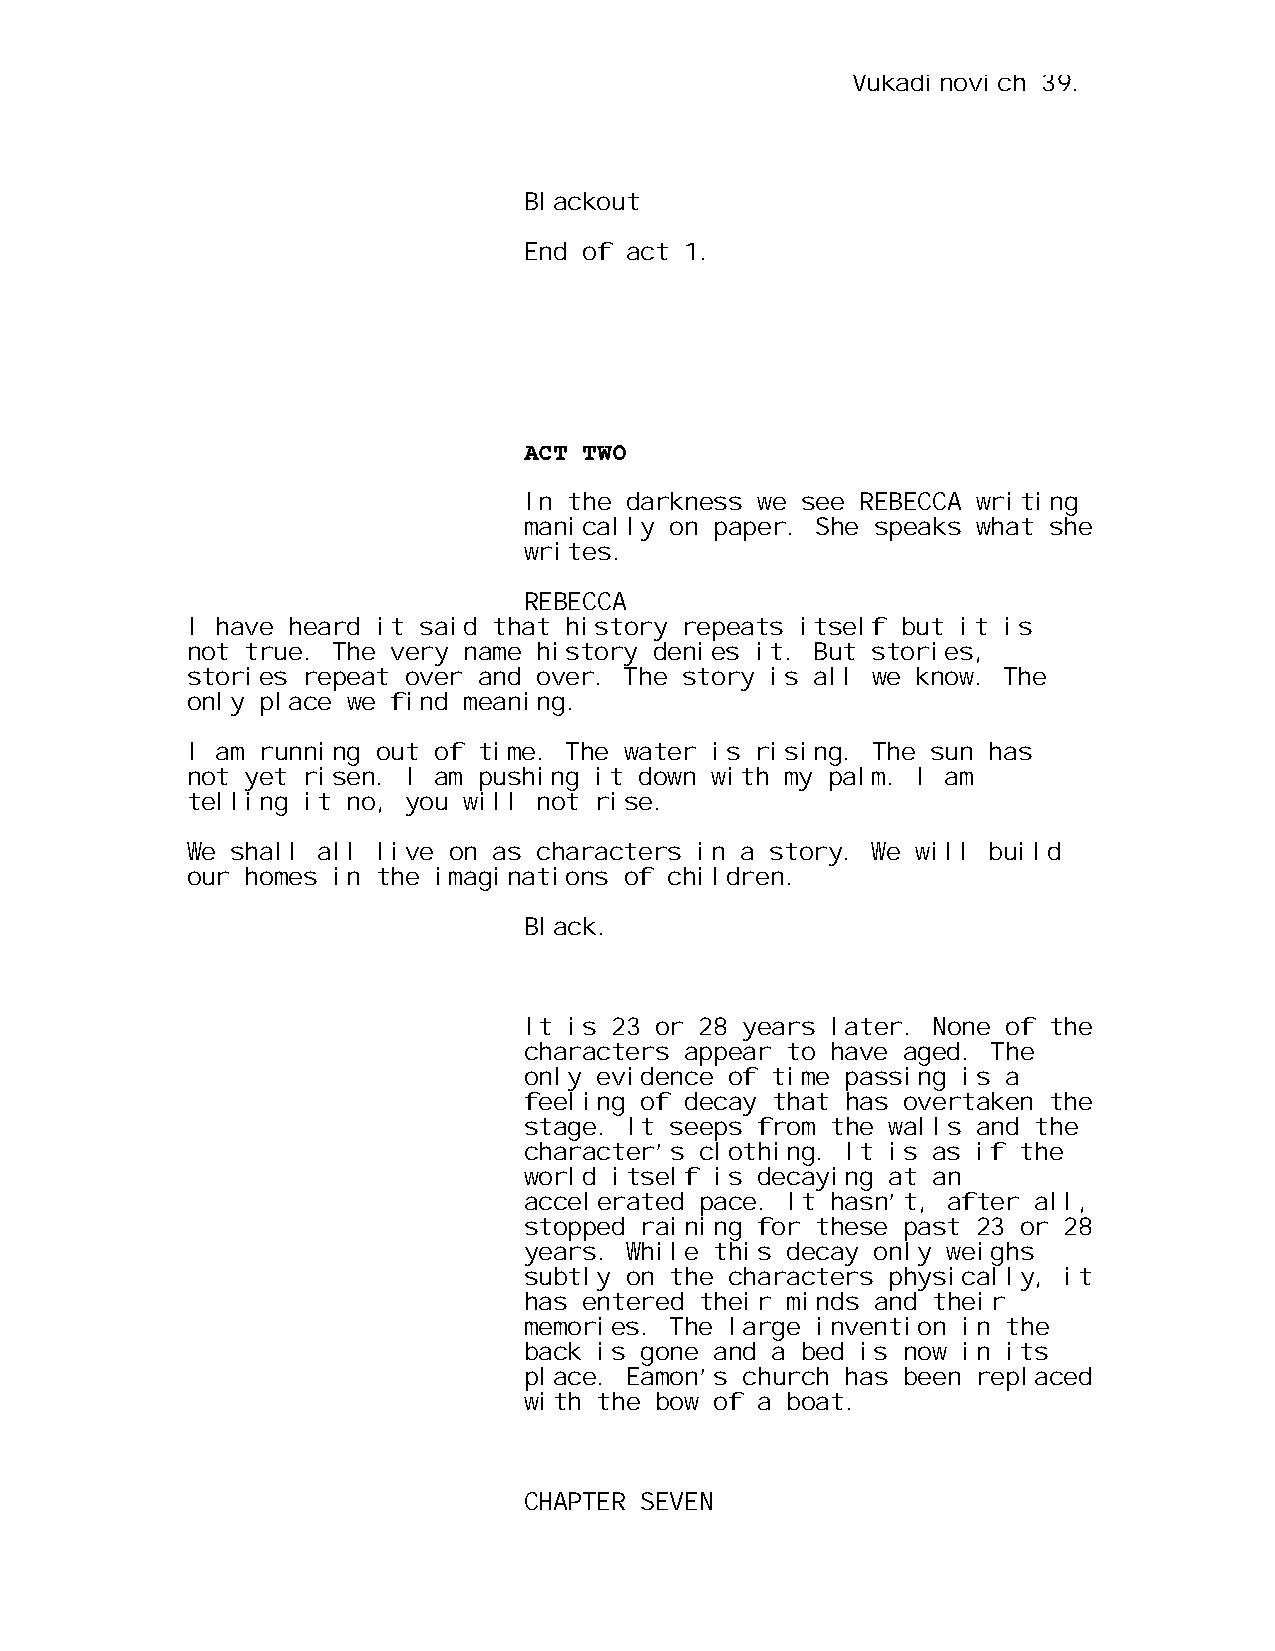
Vukadinovich 39.
 Blackout
 End of act 1.
 ACT TWO
 In the darkness we see REBECCA writing
 manically on paper. She speaks what she
 writes.
 REBECCA
 I have heard it said that history repeats itself but it is
 not true. The very name history denies it. But stories,
 stories repeat over and over. The story is all we know. The
 only place we find meaning.
 I am running out of time. The water is rising. The sun has
 not yet risen. I am pushing it down with my palm. I am
 telling it no, you will not rise.
 We shall all live on as characters in a story. We will build
 our homes in the imaginations of children.
 Black.
 It is 23 or 28 years later. None of the
 characters appear to have aged. The
 only evidence of time passing is a
 feeling of decay that has overtaken the
 stage. It seeps from the walls and the
 character’s clothing. It is as if the
 world itself is decaying at an
 accelerated pace. It hasn’t, after all,
 stopped raining for these past 23 or 28
 years. While this decay only weighs
 subtly on the characters physically, it
 has entered their minds and their
 memories. The large invention in the
 back is gone and a bed is now in its
 place. Eamon’s church has been replaced
 with the bow of a boat.
 CHAPTER SEVEN